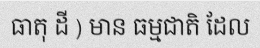
ធាតុ ដី ) មាន ធម្មជាតិ ដែល